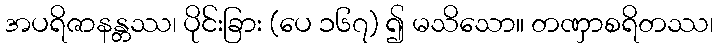
အပရိဇာနန္တဿ၊ ပိုင်းခြား (ပေ ၁၆၇) ၍ မသိသော။ တဏှာစရိတဿ၊